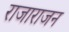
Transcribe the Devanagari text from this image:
राजाराजन